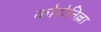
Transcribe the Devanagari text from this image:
कोरोनिल्ला